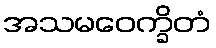
အသမဝေက္ခိတံ